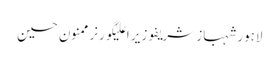
لاہورشہباز شریفوزیر اعلیٰگورنرممنون حسین